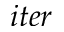
i t e r